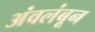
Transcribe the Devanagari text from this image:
अंवलंबून